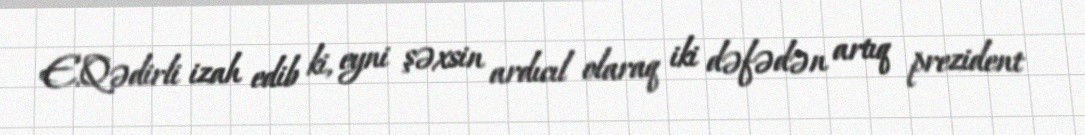
E.Qədirli izah edib ki, eyni şəxsin ardıcıl olaraq iki dəfədən artıq prezident